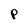
Character: P